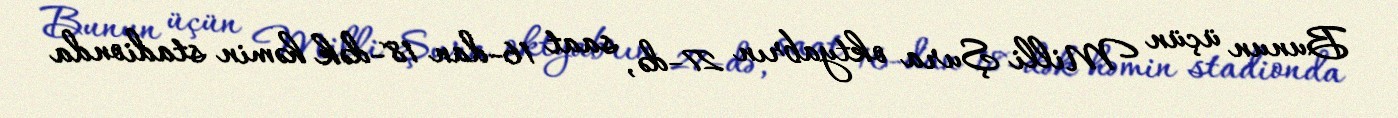
Bunun üçün Milli Şura oktyabrın 27-də, saat 16-dan 18-dək həmin stadionda